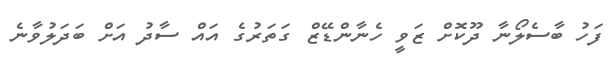
ފަހު ބާސެލޯނާ ދޫކޮށް ޒަވީ ހެނާންޑޭޒް ގަތަރުގެ އައް ސާދު އަށް ބަދަލުވާނެ